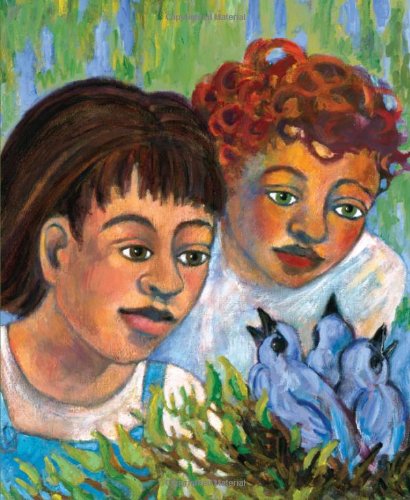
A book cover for The Developing Person Through Childhood and Adolescence; Kathleen Stassen Berger; Medical Books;